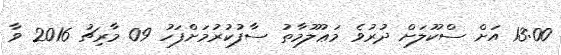
13:00 އަށް ސްކޫލަށް ދުރުވެ މަޢުލޫމާތު ސާފުކުރުމަށްފަހު 09 މާރިޗު 2016 ވާ